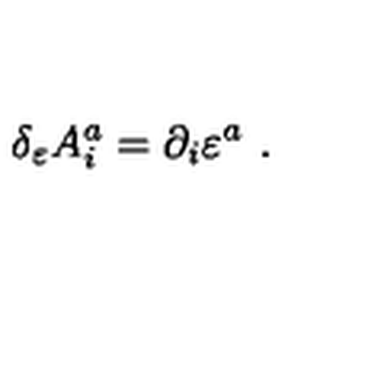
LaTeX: \delta _ { \varepsilon } A _ { i } ^ { a } = \partial _ { i } \varepsilon ^ { a } \ .